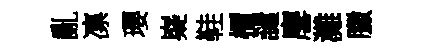
亂凛瓔嶷鞋檟譴麐灘臘